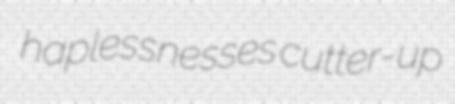
haplessnesses cutter-up